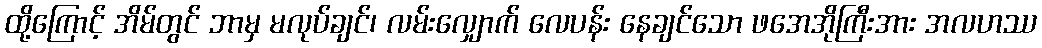
ထို့ကြောင့် အိမ်တွင် ဘာမှ မလုပ်ချင်၊ လမ်းလျှောက် လေပန်း နေချင်သော ဖအေအိုကြီးအား အလဟဿ